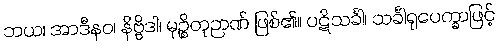
ဘယ၊ အာဒီနဝ၊ နိဗ္ဗိဒါ၊ မုဉ္စိတုဉာဏ် ဖြစ်၏။ ပဋိသင်္ခါ၊ သင်္ခါရုပေက္ခာဖြင့်